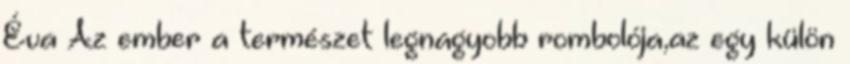
Éva Az ember a természet legnagyobb rombolója,az egy külön